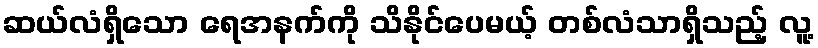
ဆယ်လံရှိသော ရေအနက်ကို သိနိုင်ပေမယ့် တစ်လံသာရှိသည့် လူ့